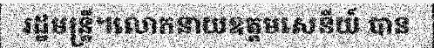
រដ្ឋមន្ត្រី។លោកនាយឧត្តមសេនីយ៍ បាន